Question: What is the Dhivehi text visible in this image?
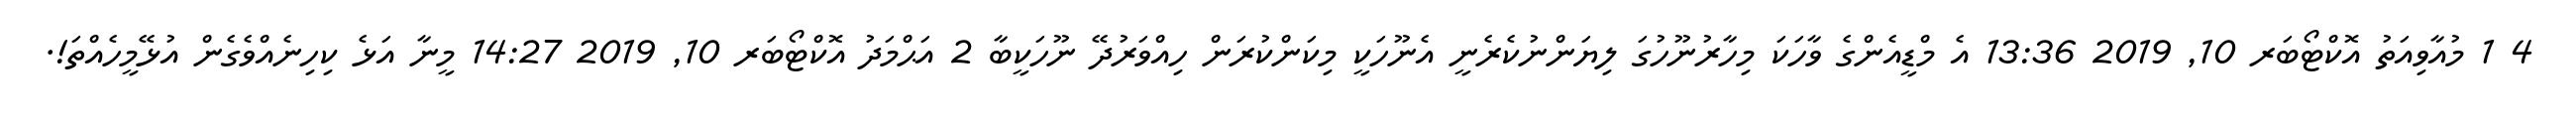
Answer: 4 1 މުއާވިއަތު އޮކްޓޯބަރ 10, 2019 13:36 އެ މްޑީއެންގެ ވާހަކަ މިހާރުނޫހުގަ ލިޔަންނުކެރެނީ އެނޫހަކީ މިކަންކުރަން ހިއްވަރުދޭ ނޫހަކީބާ 2 އަޙްމަދު އޮކްޓޯބަރ 10, 2019 14:27 މީނާ އަޅެ ކިހިނެއްވެގެން އުޅޭމީހެއްތަ!.